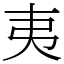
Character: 夷